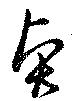
賢